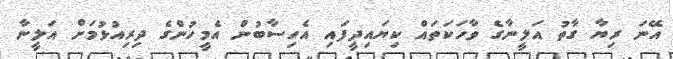
އޭނަ ރިޔާ ގާތު އަލީނާގެ ވާހަކަތައް ކިޔައިދީފައި އެހިސާބުން އެމީހުންގެ ދިރިއުޅުމަށް އަލީނާ